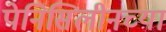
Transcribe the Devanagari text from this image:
पेनिसिलीनच्या